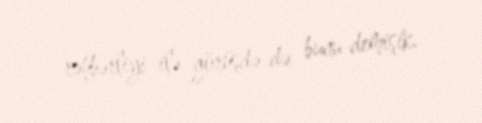
rəhbərliyi ilə görüşdə də bunu demişik.